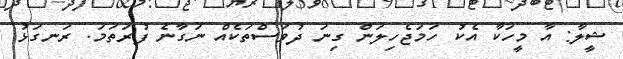
ޝީލާ: އާ މީހަކާ އެކު ހަމަޖެހިލަން ގިނަ ދުވަސްތަކެއް ނަގާނެ ފުރަތަމަ. ރަނގަޅު